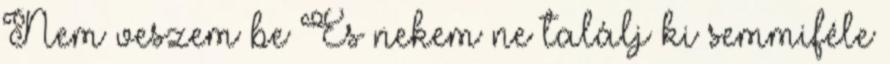
Nem veszem be És nekem ne találj ki semmiféle